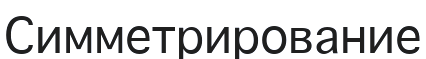
Симметрирование